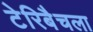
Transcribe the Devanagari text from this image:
टेरिबैचला